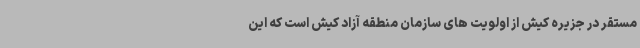
مستقر در جزیره کیش از اولویت های سازمان منطقه آزاد کیش است که این